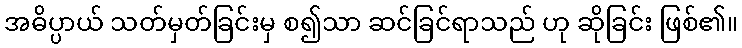
အဓိပ္ပာယ် သတ်မှတ်ခြင်းမှ စ၍သာ ဆင်ခြင်ရာသည် ဟု ဆိုခြင်း ဖြစ်၏။